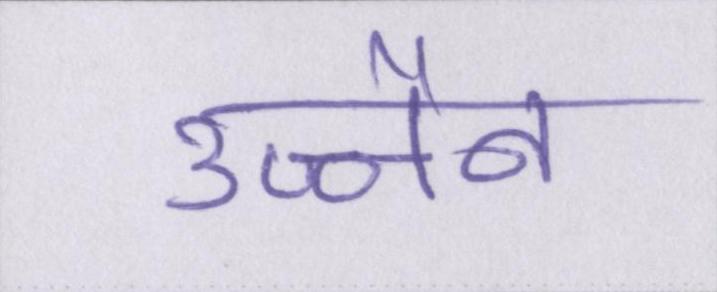
उज्जैन